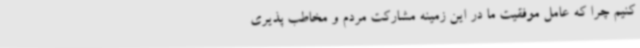
کنیم چرا که عامل موفقیت ما در این زمینه مشارکت مردم و مخاطب پذیری